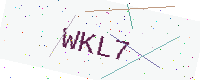
Text: WKL7